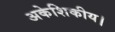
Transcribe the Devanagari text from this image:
अकेशिकीय।